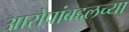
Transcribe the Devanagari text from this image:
आरोपांबद्दलच्या